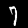
Label: 7